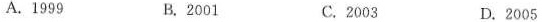
A. 1999 B. 2001 C. 2003 D. 2005